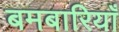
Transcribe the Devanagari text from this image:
बमबारियाँ